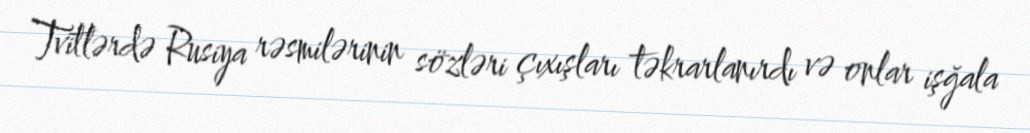
Tvitlərdə Rusiya rəsmilərinin sözləri çıxışları təkrarlanırdı və onlar işğala